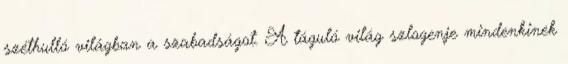
széthulló világban a szabadságot. A táguló világ szlogenje mindenkinek